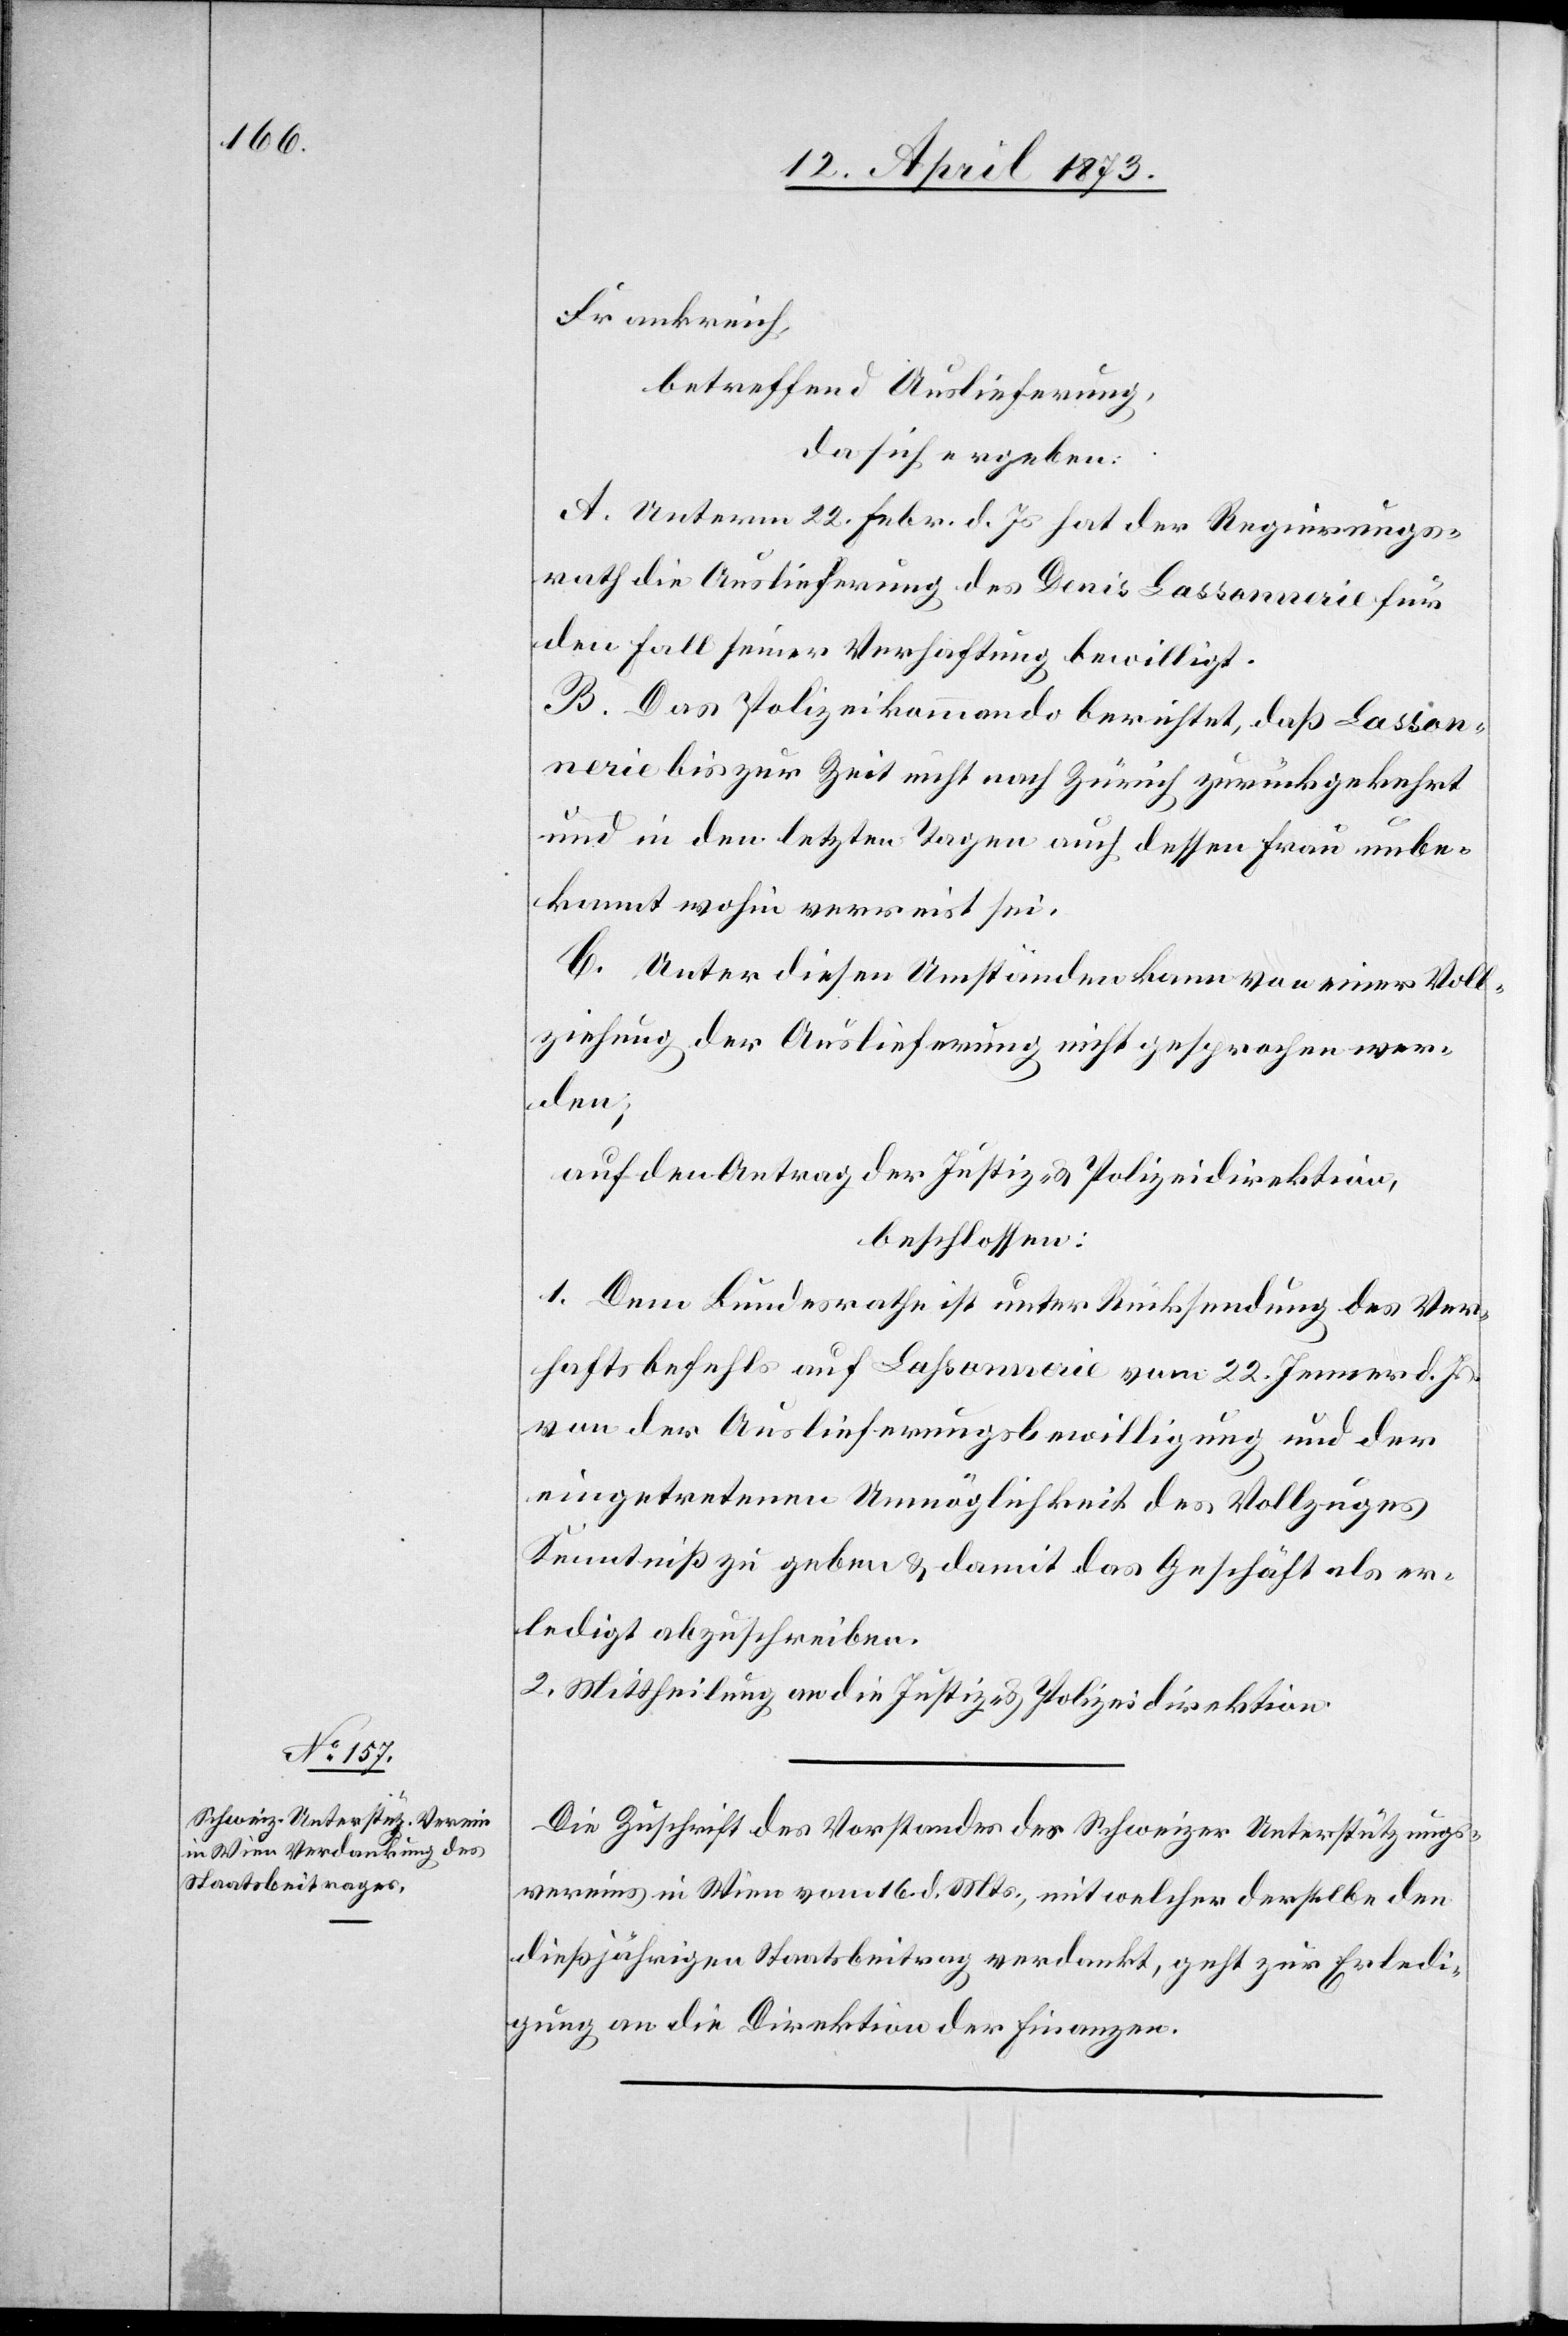
18. April 1873.]
Frankreich,
betreffend Auslieferung,
da sich ergeben:
A. Unterm 22. Febr. d. Js hat der Regierungs¬
rath die Auslieferung des Denis Lassonnerie für
den Fall seiner Verhaftung bewilligt.
B. Das Polizeikommando berichtet, daß Lasson¬
nerie bis zur Zeit nicht nach Zürich zurückgekehrt
und in den letzten Tagen auch dessen Frau unbe¬
kannt wohin verreist sei.
C. Unter diesen Umständen kann von einer Voll¬
ziehung der Auslieferung nicht gesprochen wer¬
den;
auf den Antrag der Justiz- & Polizeidirektion,
beschlossen:
1. Dem Bundesrathe ist unter Rücksendung des Ver¬
haftsbefehls auf Lahsonnerie [sic!] vom 22. Jenner d. Js.
von der Auslieferungsbewilligung und der
eingetretenen Unmöglichkeit des Vollzuges
Kenntniß zu geben & damit das Geschäft als er¬
ledigt abzuschreiben.
2. Mittheilung an die Justiz- & Polizeidirektion.
Die Zuschrift des Vorstandes des Schweizer Unterstützungs¬
vereins in Wien vom 16. d. Mts., mit welcher derselbe den
dießjährigen Staatsbeitrag verdankt, geht zur Erledi¬
gung an die Direktion der Finanzen.